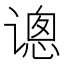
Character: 𰶂